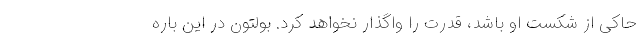
حاکی از شکست او باشد، قدرت را واگذار نخواهد کرد. بولتون در این باره